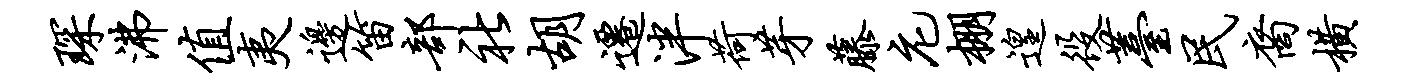
琛沸值夷边笛部社胡迁泮荷芽藤庀棚遑役薹民裔横